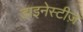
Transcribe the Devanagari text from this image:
डाइनेस्टीज़